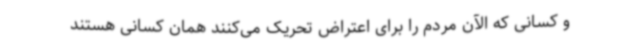
و کسانی که الآن مردم را برای اعتراض تحریک می‌کنند همان کسانی هستند